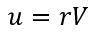
u = r V